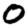
Digit: 0